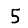
Digit: 5